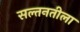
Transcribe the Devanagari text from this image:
सल्तनतीला